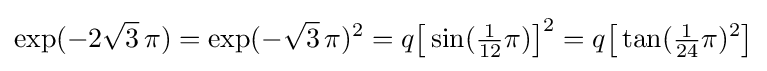
\exp(-2{\sqrt {3}}\,\pi )=\exp(-{\sqrt {3}}\,\pi )^{2}=q{\bigl [}\sin({\tfrac {1}{12}}\pi ){\bigr ]}^{2}=q{\bigl [}\tan({\tfrac {1}{24}}\pi )^{2}{\bigr ]}